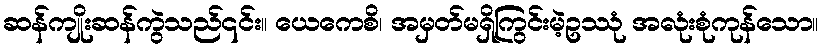
ဆန်ကျိုးဆန်ကွဲသည်၎င်း။ ယေကေစိ၊ အမှတ်မရှိကြွင်းမဲ့ဥဿုံ အလုံးစုံကုန်သော။